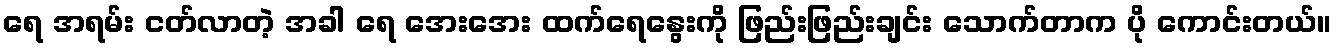
ရေ အရမ်း ငတ်လာတဲ့ အခါ ရေ အေးအေး ထက်ရေနွေးကို ဖြည်းဖြည်းချင်း သောက်တာက ပို ကောင်းတယ်။